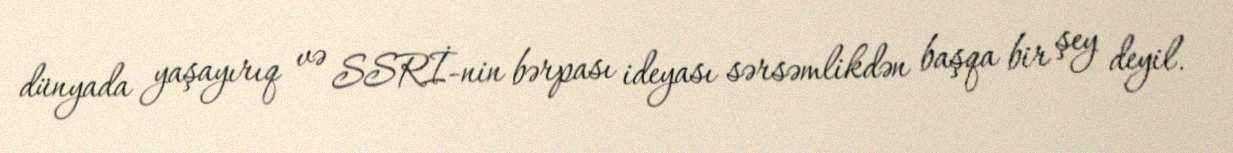
dünyada yaşayırıq və SSRİ-nin bərpası ideyası sərsəmlikdən başqa bir şey deyil.